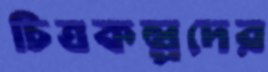
চিত্রকল্পদের